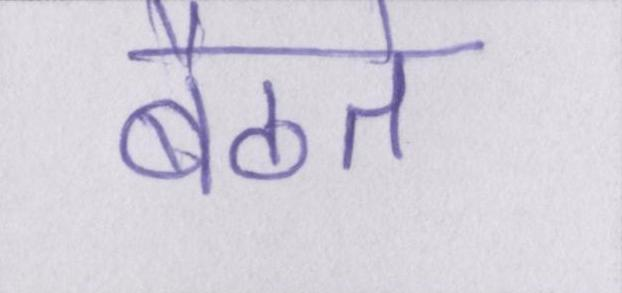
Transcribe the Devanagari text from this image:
बैठते